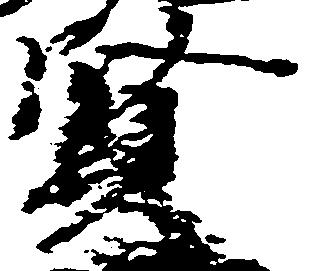
賢